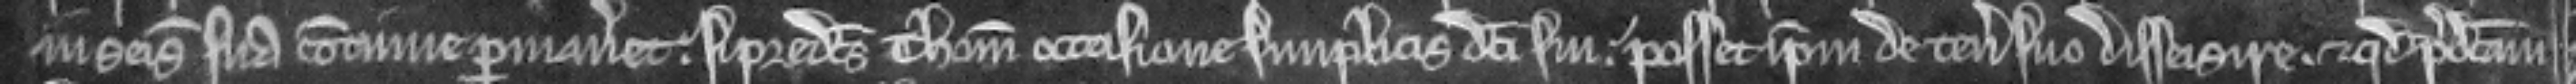
in seisina sua continue permaneret. si predictus Thomas occasione simplicis dicti sui. posset ipsum de tenemento suo disseisire. et quod predictam